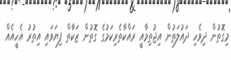
މިގޮތުން ދިވެހި ދައުލަތުން އިޖުތިމާއީ ރައްކާތެރިކަމުގެ ގޮތުން ޒަކާތް ފިޔަވައި އިތުރު އެހީއެއް